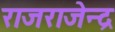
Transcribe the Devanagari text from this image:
राजराजेन्द्र